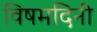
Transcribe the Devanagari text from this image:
विषमदिनी